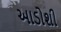
આડોશી